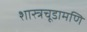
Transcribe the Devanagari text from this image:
शास्त्रचूडामणि